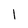
Character: l